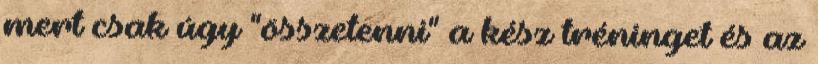
mert csak úgy "összetenni" a kész tréninget és az